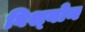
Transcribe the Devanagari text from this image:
विश्बोन